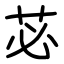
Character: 苾